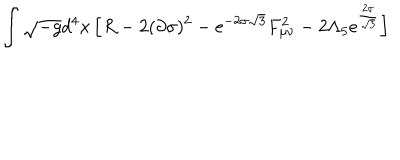
\int \sqrt { - g } d ^ { 4 } x \, \Big [ R - 2 ( \partial \sigma ) ^ { 2 } - \mathrm { e } ^ { - { 2 \sigma \sqrt { 3 } } } F _ { \mu \nu } ^ { 2 } - 2 \Lambda _ { 5 } \mathrm { e } ^ { { \frac { 2 \sigma } { \sqrt { 3 } } } } \Big ]